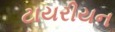
ટાયરીયન